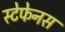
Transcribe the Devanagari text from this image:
स्टेफेनस